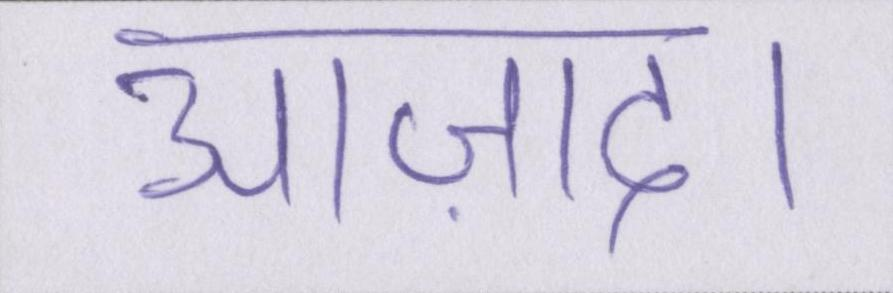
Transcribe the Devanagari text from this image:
आज़ाद।